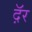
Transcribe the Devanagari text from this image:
दॅ़र